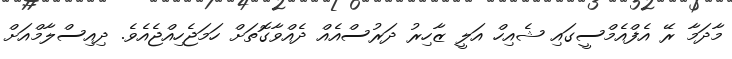
މާދަމާ ރޭ އެފްއެމްސީގައި ޝެއިހް އަލީ ޒާހިރު ދަރުސްއެއް ދެއްވާގޮތަށް ހަމަޖެހިއްޖެއެވެ. ދިއިސްލާމްއަށް